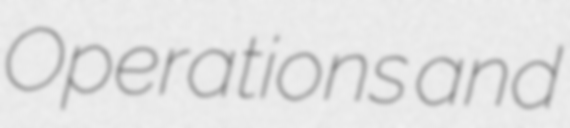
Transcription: Operations and